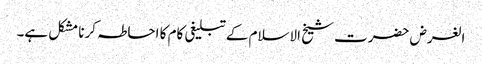
الغرض حضرت شیخ الاسلام کےتبلیغی کام کا احاطہ کرنا مشکل ہے۔